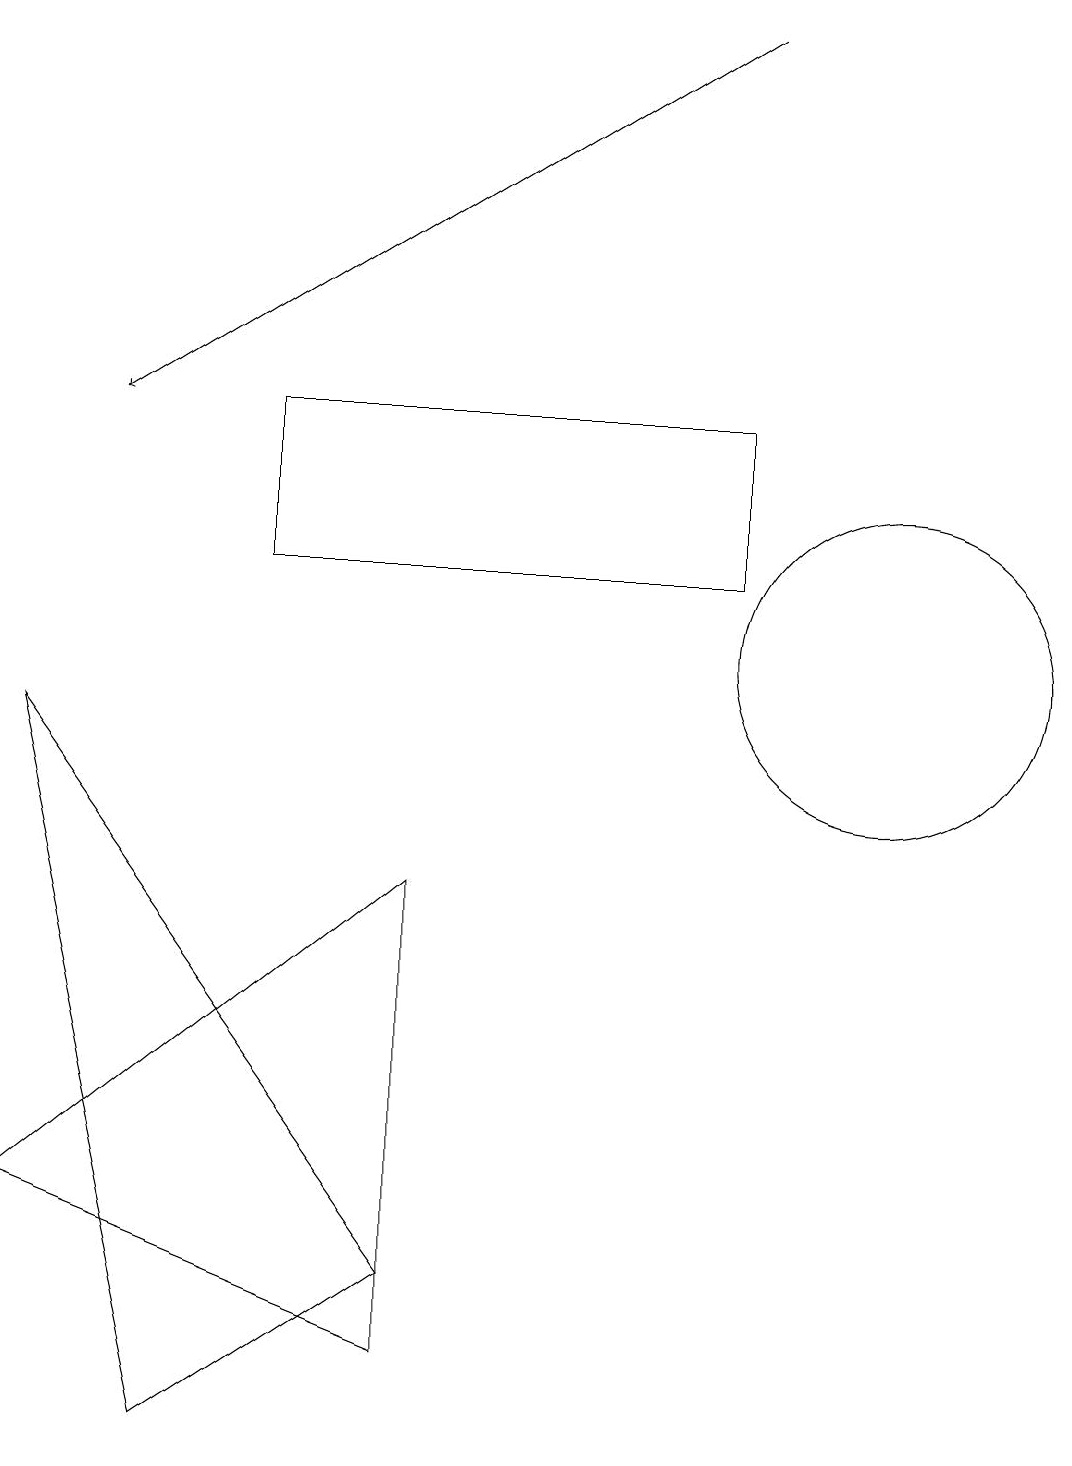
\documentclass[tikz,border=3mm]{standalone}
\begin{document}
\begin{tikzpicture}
\draw[->] (9,18) -- (1,13);
\draw (3,13) rectangle (9,11);
\draw (0,9) -- (2,0) -- (5,2) -- cycle;
\draw (11,10) circle (2);
\draw (0,3) -- (5,7) -- (5,1) -- cycle;
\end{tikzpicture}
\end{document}